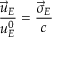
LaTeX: \frac { \vec { u } _ { E } } { u _ { E } ^ { 0 } } = \frac { \vec { \sigma } _ { E } } { c }